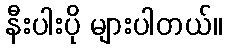
နီးပါးပို များပါတယ်။